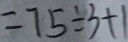
= 7 5 \div 3 + 1